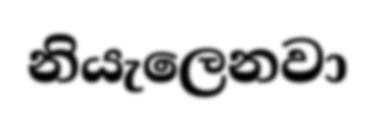
නියැලෙනවා